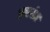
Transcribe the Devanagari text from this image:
प्रकांत